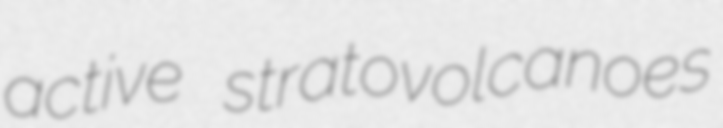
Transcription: active stratovolcanoes